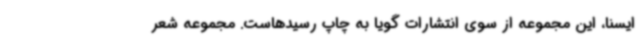
ایسنا، این مجموعه از سوی انتشارات گویا به چاپ رسیدهاست. مجموعه شعر